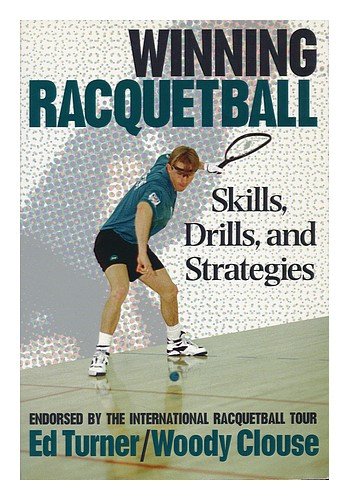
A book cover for Winning Racquetball : Skills, Drills, and Strategies / Ed Turner, Woody Clouse; Ed, Ph.D.; Clouse, Woody Turner; Sports & Outdoors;